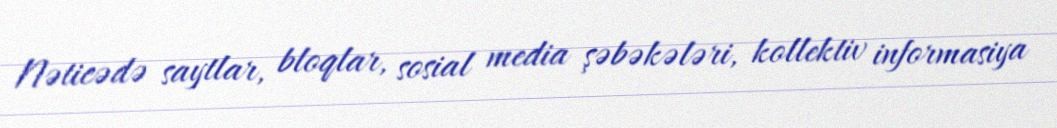
Nəticədə saytlar, bloqlar, sosial media şəbəkələri, kollektiv informasiya